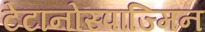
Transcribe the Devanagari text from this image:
टेटानोस्पाज्मिन